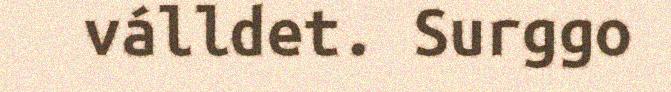
válldet. Surggo